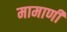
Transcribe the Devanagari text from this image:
मामाणी